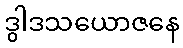
ဒွါဒသယောဇနေ